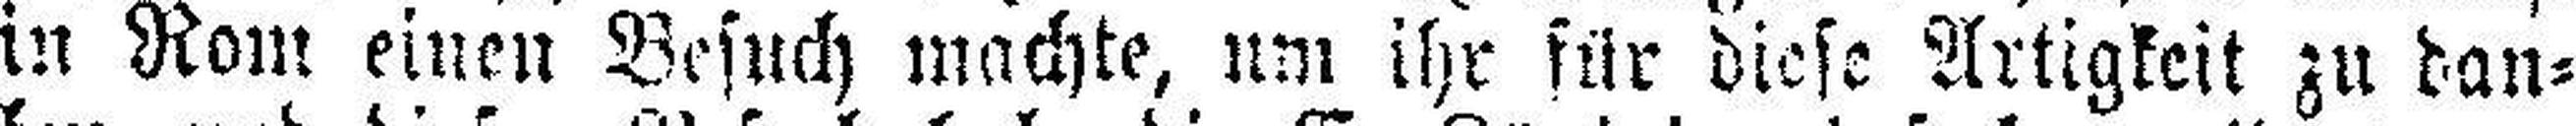
in Rom einen Besuch machte, um ihr für diese Artigkeit zu dan¬